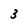
Character: 3